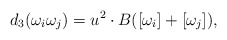
\begin{align*}d_3(\omega_i\omega_j) = u^2\cdot B([\omega_i]+[\omega_j]),\end{align*}